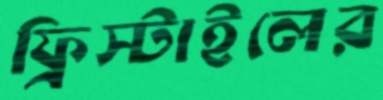
ফ্রিস্টাইলের